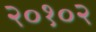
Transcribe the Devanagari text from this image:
२०१०२